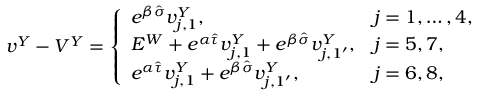
\begin{array} { r } { v ^ { Y } - V ^ { Y } = \left\{ \begin{array} { l l } { e ^ { \beta \hat { \sigma } } v _ { j , 1 } ^ { Y } , } & { j = 1 , \dots , 4 , } \\ { E ^ { W } + e ^ { \alpha \hat { \tau } } v _ { j , 1 } ^ { Y } + e ^ { \beta \hat { \sigma } } v _ { j , 1 ^ { \prime } } ^ { Y } , } & { j = 5 , 7 , } \\ { e ^ { \alpha \hat { \tau } } v _ { j , 1 } ^ { Y } + e ^ { \beta \hat { \sigma } } v _ { j , 1 ^ { \prime } } ^ { Y } , } & { j = 6 , 8 , } \end{array} \right. } \end{array}